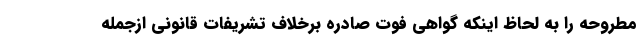
مطروحه را به لحاظ اینکه گواهی فوت صادره برخلاف تشریفات قانونی ازجمله